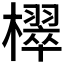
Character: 𣝦